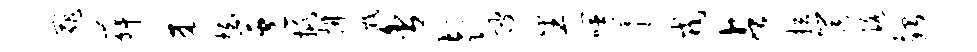
罪舞来拍苞挑拂戮舍彭陂番噬薹戎占拉筒路殆